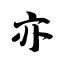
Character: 亦